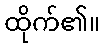
ထိုက်၏။